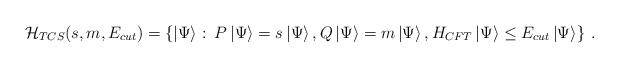
\begin{align*}{\cal H}_{TCS}(s,m,E_{cut})=\left\{ \left| \Psi \right\rangle :\: P\left| \Psi \right\rangle =s\left| \Psi \right\rangle ,Q\left| \Psi \right\rangle =m\left| \Psi \right\rangle ,H_{CFT}\left| \Psi \right\rangle \leq E_{cut}\left| \Psi \right\rangle \right\} \: .\end{align*}